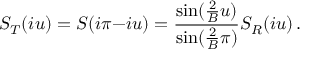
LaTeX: S _ { T } ( i u ) = S ( i \pi { - } i u ) = \frac { \sin ( \frac { 2 } { B } u ) } { \sin ( \frac { 2 } { B } \pi ) } S _ { R } ( i u ) \, .